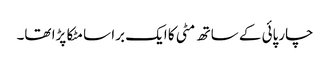
چارپائی کے ساتھ مٹی کا ایک برا سا مٹکا پڑا تھا۔